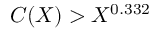
C ( X ) > X ^ { 0 . 3 3 2 }